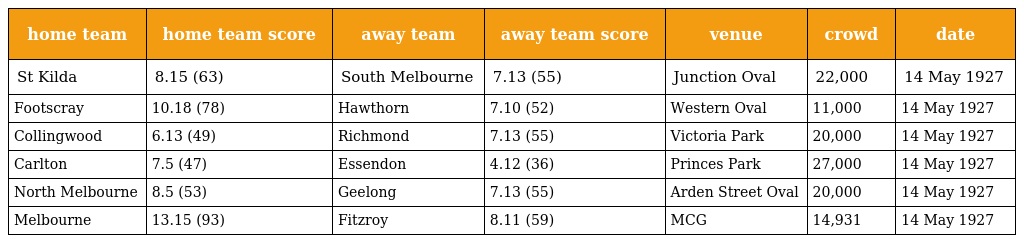
| home team | home team score | away team | away team score | venue | crowd | date |
 | --- | --- | --- | --- | --- | --- | --- |
 | St Kilda | 8.15 (63) | South Melbourne | 7.13 (55) | Junction Oval | 22,000 | 14 May 1927 |
 | Footscray | 10.18 (78) | Hawthorn | 7.10 (52) | Western Oval | 11,000 | 14 May 1927 |
 | Collingwood | 6.13 (49) | Richmond | 7.13 (55) | Victoria Park | 20,000 | 14 May 1927 |
 | Carlton | 7.5 (47) | Essendon | 4.12 (36) | Princes Park | 27,000 | 14 May 1927 |
 | North Melbourne | 8.5 (53) | Geelong | 7.13 (55) | Arden Street Oval | 20,000 | 14 May 1927 |
 | Melbourne | 13.15 (93) | Fitzroy | 8.11 (59) | MCG | 14,931 | 14 May 1927 |